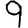
Digit: 9